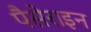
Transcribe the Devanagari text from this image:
पैसेराइन